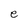
Character: e